Scottish Leaving Certificate Examination, 1954
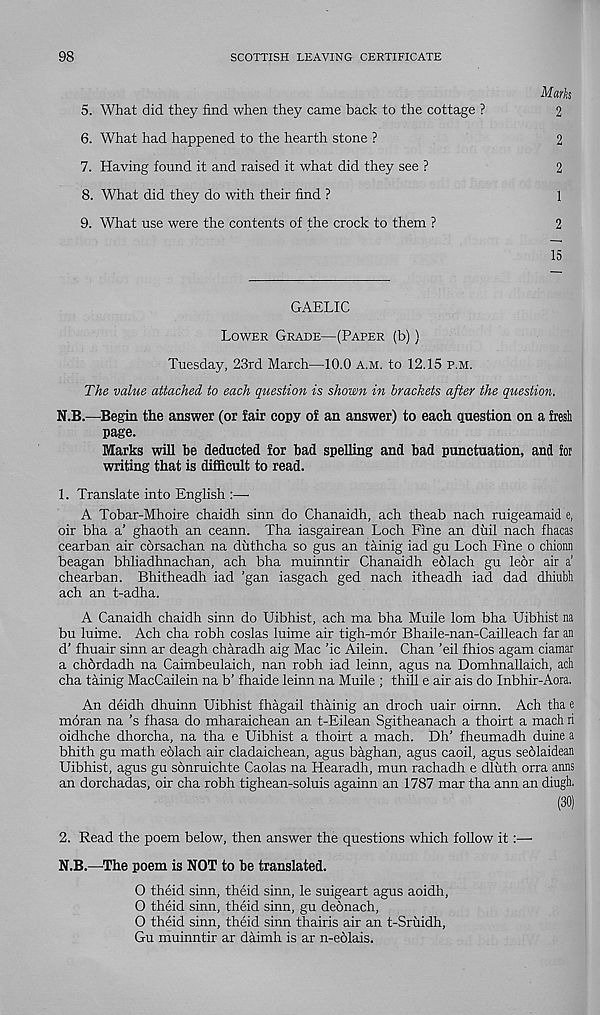
98
SCOTTISH LEAVING CERTIFICATE
Mark
5. What did they find when they came back to the cottage ?
2
6. What had happened to the hearth stone ?
2
7. Having found it and raised it what did they see ?
2
8. What did they do with their find ?
1
9. What use were the contents of the crock to them ?
2
15
GAELIC
Lower Grade—(Paper (b))
Tuesday, 23rd March—10.0 a.m. to 12.15 p.m.
The value attached to each question is shown in brackets after the question,
N.B.—Begin the answer (or fair copy of an answer) to each question on a fresh
page.
Marks will be deducted for bad spelling and bad punctuation, and for
writing that is difficult to read.
1. Translate into English :—■
A Tobar-Mhoire chaidh sinn do Chanaidh, ach theab nach ruigeamaid e,
oir bha a’ ghaoth an ceann. Tha iasgairean Loch Fine an diiil nach fhacas
cearban air corsachan na duthcha so gus an tainig iad gu Loch Fine o chionn
beagan bhliadhnachan, ach bha muinntir Chanaidh eolach gu leor air a’
chearban. Bhitheadh iad ’gan iasgach ged nach itheadh iad dad dhiubh
ach an t-adha.
A Canaidh chaidh sinn do Uibhist, ach ma bha Muile lom bha Uibhist na
bu luime. Ach cha robh coslas luime air tigh-mor Bhaile-nan-Cailleach far an
d’ fhuair sinn ar deagh charadh aig Mac ’ic Ailein. Chan ’eil fhios agam ciamar
a chdrdadh na Caimbeulaich, nan robh iad leinn, agus na Domhnallaich, ach
cha tainig MacCailein na b’ fhaide leinn na Muile ; thill e air ais do Inbhir-Aora.
An deidh dhuinn Uibhist fhagail thainig an droch uair oirnn. Ach tha e
moran na’s fhasa do mharaichean an t-Eilean Sgitheanach a thoirt a mach ri
oidhche dhorcha, na tha e Uibhist a thoirt a mach. Dh’ fheumadh duine a
bhith gu math eolach air cladaichean, agus baghan, agus caoil, agus seolaidean
Uibhist, agus gu sonruichte Caolas na Hearadh, mun rachadh e dluth orra anns
an dorchadas, oir cha robh tighean-soluis againn an 1787 mar tha ann an diugh.
(30)
2. Read the poem below, then answer the questions which follow it:—
N.B.—The poem is NOT to be translated.
O theid sinn, theid sinn, le suigeart agus aoidh,
0 theid sinn, theid sinn, gu deonach,
O theid sinn, theid sinn thairis air an t-Sruidh,
Gu muinntir ar daimh is ar n-eolais.